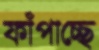
ফাঁপাচ্ছে